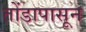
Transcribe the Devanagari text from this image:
तोंडापासून